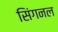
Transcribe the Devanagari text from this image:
सिंगनल